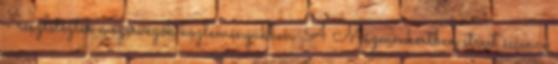
- részletezték a szervezők közleményükben. A Múzeumkertben street science